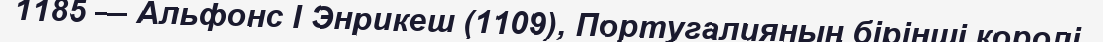
1185 — Альфонс I Энрикеш (1109), Португалияның бірінші королі.